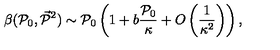
\beta ( { \cal P } _ { 0 } , \vec { { \cal P } } { } ^ { 2 } ) \sim { \cal P } _ { 0 } \left( 1 + b \frac { { \cal P } _ { 0 } } { \kappa } + O \left( \frac { 1 } { \kappa ^ { 2 } } \right) \right) ,